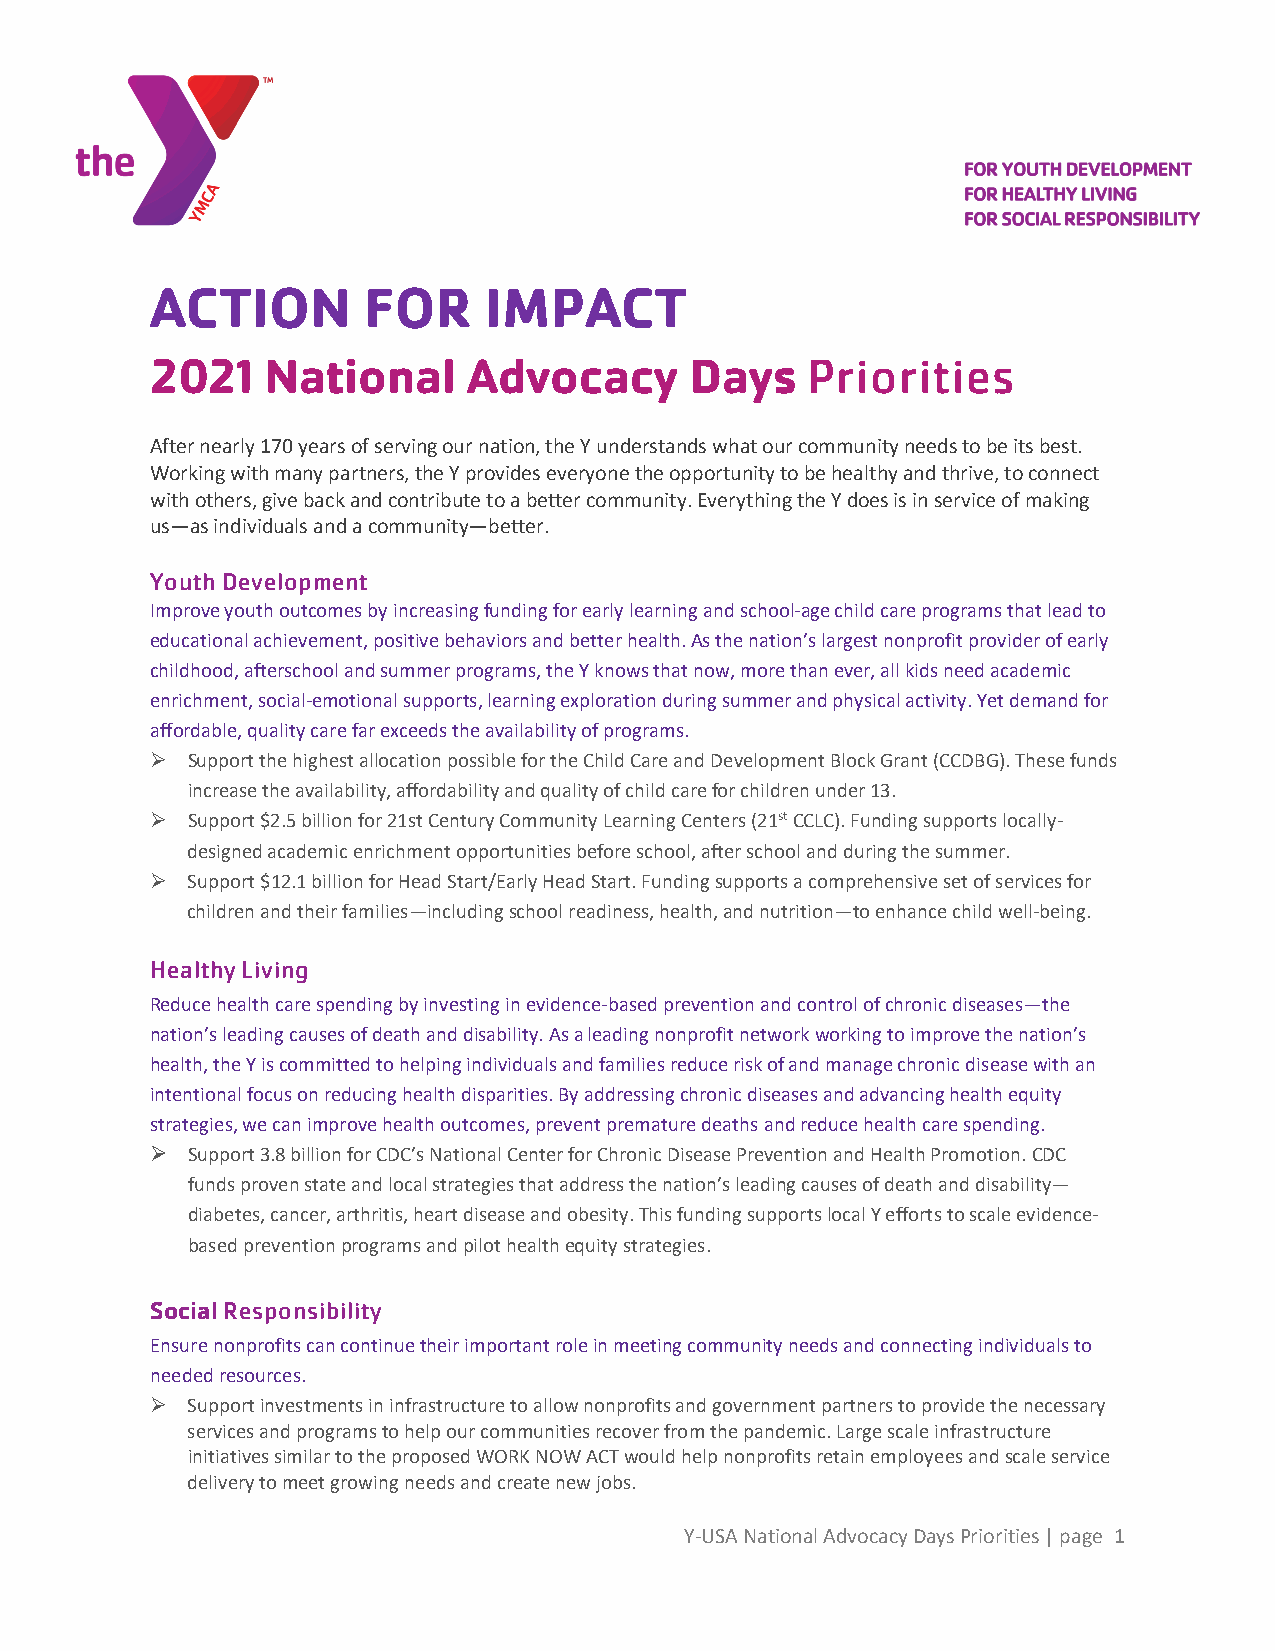
ACTION        FOR     IMPACT
 2021   National      Advocacy       Days   Priorities
 After nearly 170 years of serving our nation, the Y understands what our community needs to be its best.
 Working with many partners, the Y provides everyone the opportunity to be healthy and thrive, to connect
 with others, give back and contribute to a better community. Everything the Y does is in service of making
 us—as individuals and a community—better.
 Youth Development
 Improve youth outcomes by increasing funding for early learning and school-age child care programs that lead to
 educational achievement, positive behaviors and better health. As the nation’s largest nonprofit provider of early
 childhood, afterschool and summer programs, the Y knows that now, more than ever, all kids need academic
 enrichment, social-emotional supports, learning exploration during summer and physical activity. Yet demand for
 affordable, quality care far exceeds the availability of programs.
  Support the highest allocation possible for the Child Care and Development Block Grant (CCDBG). These funds
 increase the availability, affordability and quality of child care for children under 13.
  Support $2.5 billion for 21st Century Community Learning Centers (21st CCLC). Funding supports locally-
 designed academic enrichment opportunities before school, after school and during the summer.
  Support $12.1 billion for Head Start/Early Head Start. Funding supports a comprehensive set of services for
 children and their families—including school readiness, health, and nutrition—to enhance child well-being.
 Healthy Living
 Reduce health care spending by investing in evidence-based prevention and control of chronic diseases—the
 nation’s leading causes of death and disability. As a leading nonprofit network working to improve the nation’s
 health, the Y is committed to helping individuals and families reduce risk of and manage chronic disease with an
 intentional focus on reducing health disparities. By addressing chronic diseases and advancing health equity
 strategies, we can improve health outcomes, prevent premature deaths and reduce health care spending.
  Support 3.8 billion for CDC’s National Center for Chronic Disease Prevention and Health Promotion. CDC
 funds proven state and local strategies that address the nation’s leading causes of death and disability—
 diabetes, cancer, arthritis, heart disease and obesity. This funding supports local Y efforts to scale evidence-
 based prevention programs and pilot health equity strategies.
 Social Responsibility
 Ensure nonprofits can continue their important role in meeting community needs and connecting individuals to
 needed resources.
  Support investments in infrastructure to allow nonprofits and government partners to provide the necessary
 services and programs to help our communities recover from the pandemic. Large scale infrastructure
 initiatives similar to the proposed WORK NOW ACT would help nonprofits retain employees and scale service
 delivery to meet growing needs and create new jobs.
 Y-USA National Advocacy Days Priorities | page 1